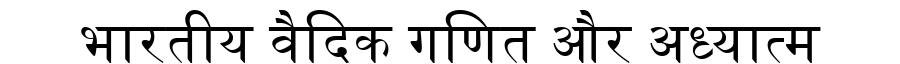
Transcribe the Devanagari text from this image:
भारतीय वैदिक गणित और अध्यात्म